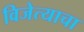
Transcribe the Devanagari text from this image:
विजेत्याचा